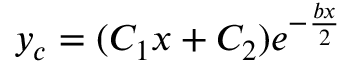
y _ { c } = ( C _ { 1 } x + C _ { 2 } ) e ^ { - { \frac { b x } { 2 } } }